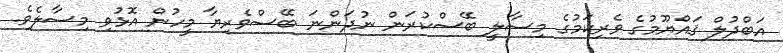
އަބްދުލް ޤައްޔޫމުގެ ވެރިކަމުގެ މިސާލީ ބޭސްކުރަން ނުދަންނަ ބޭސްވެރިޔާ މީހުން އޮޅުވި މިސާލެވެ.